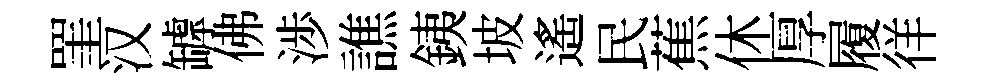
罣汉罅佛渉譙銕坡遙民蕉休厚履徉